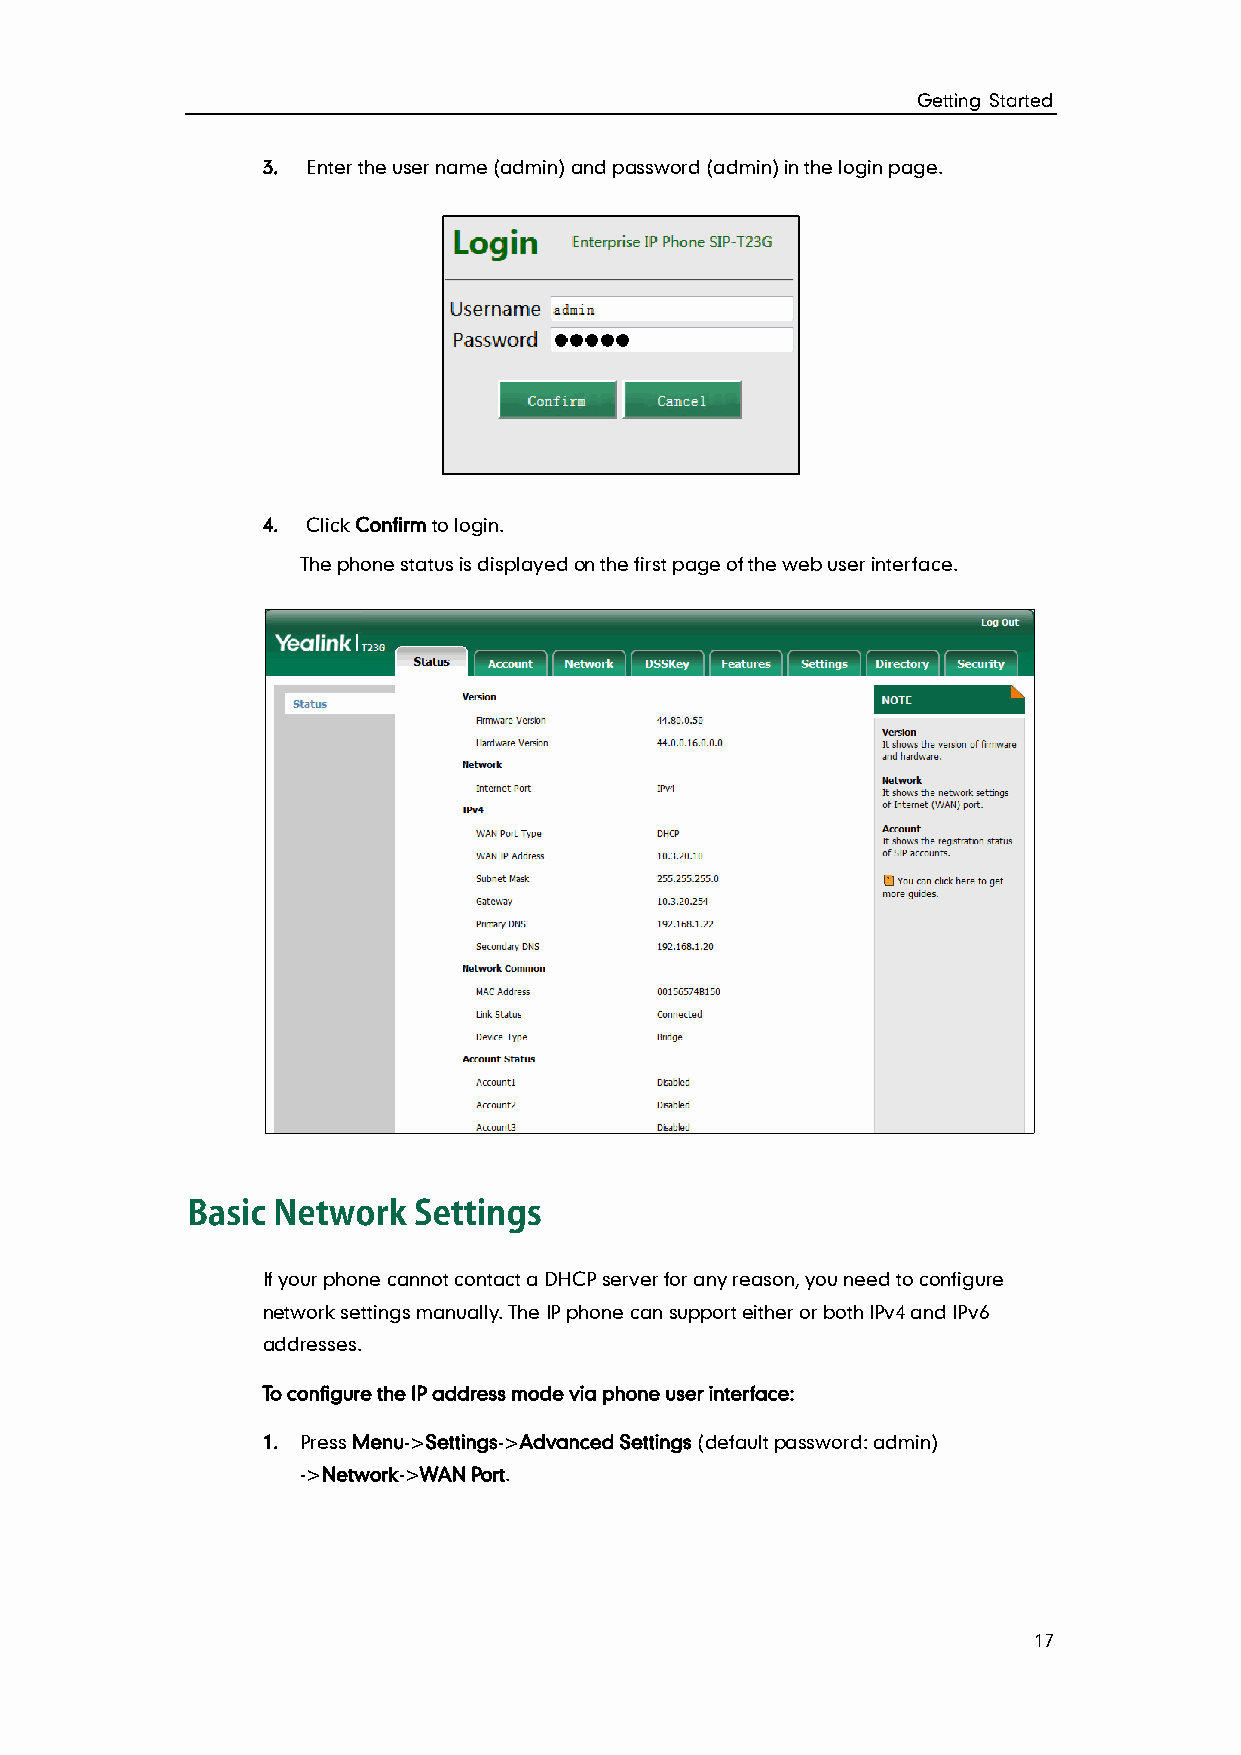
Getting Started
 3. Enter the user name (admin) and password (admin) in the login page.
 4. Click Confirm to login.
 The phone status is displayed on the first page of the web user interface.
 If your phone cannot contact a DHCP server for any reason, you need to configure
 network settings manually. The IP phone can support either or both IPv4 and IPv6
 addresses.
 To configure the IP address mode via phone user interface:
 1. Press Menu->Settings->Advanced Settings (default password: admin)
 ->Network->WAN Port.
 17